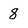
Character: 8